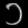
Digit: ၁